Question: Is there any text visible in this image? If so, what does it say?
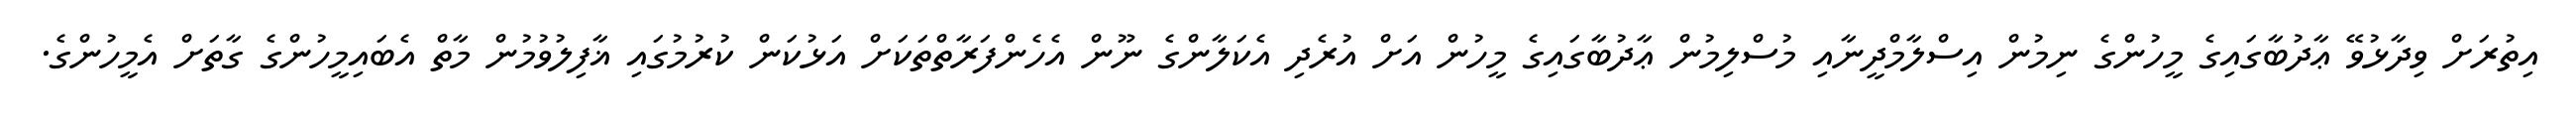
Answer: އިތުރަށް ވިދާޅުވޭ ޢާދުބާގައިގެ މީހުންގެ ނިމުން އިސްލާމްދީނާއި މުސްލިމުން ޢާދުބާގައިގެ މީހުން އަށް އުރެދި އެކަލާންގެ ނޫން އެހެންފަރާތްތަކަށް އަޅުކަން ކުރުމުގައި ޣާފިލުވުމުން މާތް އެބައިމީހުންގެ ގާތަށް އެމީހުންގެ.